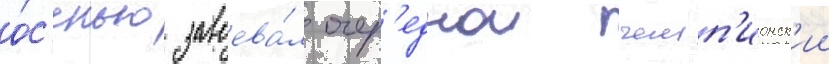
о́с'енью завоева́л очер'еднои чемп'ионск'ии